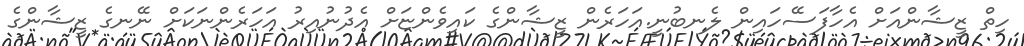
ހިތް ޒީޝާންއަށް އެހާފަސޭހައިން ލެނބުނީ.އަހަރެން ޒީޝާންގެ ކައިވެންޏަށް އެދުނުއިރު އަހަރެންނަކަށް ނޭނގެ ޒީޝާންގެ